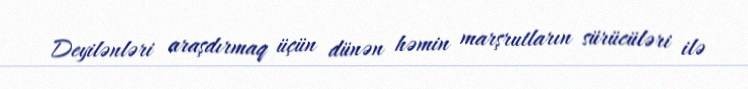
Deyilənləri araşdırmaq üçün dünən həmin marşrutların sürücüləri ilə